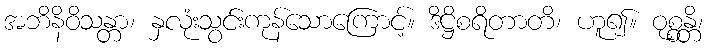
အဘိနိဝိသန္တာ၊ နှလုံးသွင်းကုန်သောကြောင့်။ ဒိဋ္ဌိစရိတာတိ၊ ဟူ၍။ ဝုစ္စန္တိ၊